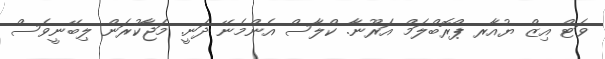
ވަޓް އިޒް ޔުއާރ ޕްރޮބްލަމް އަރޫނާ. ކްލާސް އެންމެނޭ ދަނީ. މަޖާކުރަން ލިބޭނީވެސް